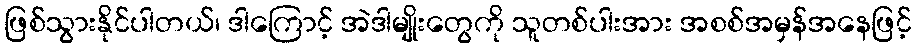
ဖြစ်သွားနိုင်ပါတယ်၊ ဒါကြောင့် အဲဒါမျိုးတွေကို သူတစ်ပါးအား အစစ်အမှန်အနေဖြင့်